Scottish Leaving Certificate Examination, 1960
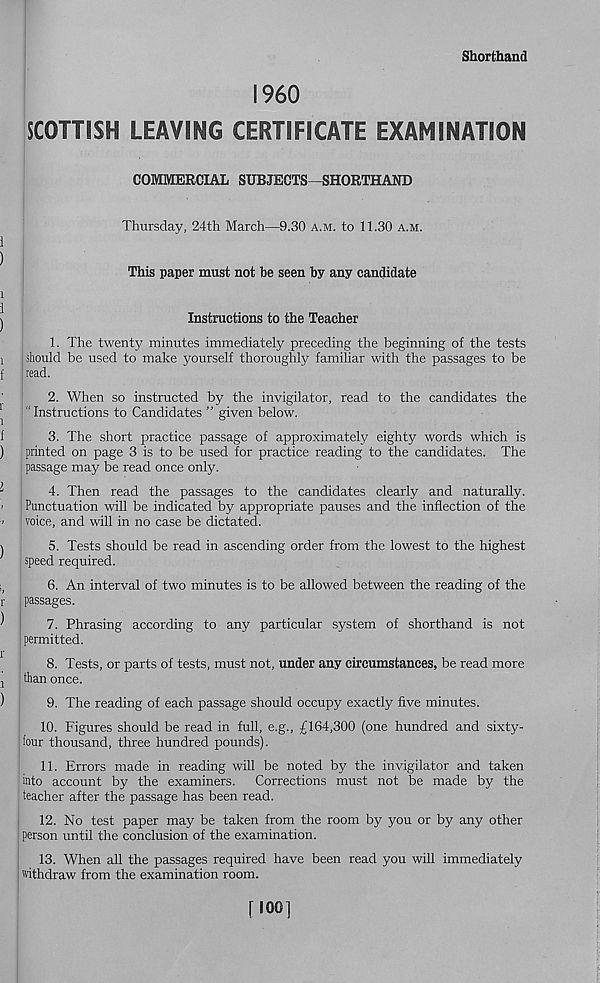
Shorthand
I960
SCOTTISH LEAVING CERTIFICATE EXAMINATION
COMMERCIAL SUBJECTS—SHORTHAND
Thursday, 24th March—9.30 a.m. to 11.30 a.m.
1
)
This paper must not be seen by any candidate
i
j
Instructions to the Teacher
1. The twenty minutes immediately preceding the beginning of the tests
i [should be used to make yourself thoroughly familiar with the passages to be
f read.
2. When so instructed by the invigilator, read to the candidates the
^
" Instructions to Candidates ” given below.
f
3. The short practice passage of approximately eighty words which is
) printed on page 3 is to be used for practice reading to the candidates. The
passage may be read once only.
^
4. Then read the passages to the candidates clearly and naturally.
> Punctuation will be indicated by appropriate pauses and the inflection of the
! ' voice, and will in no case be dictated.
\
5. Tests should be read in ascending order from the lowest to the highest
speed required.
;,
6. An interval of two minutes is to be allowed between the reading of the
r passages.
)
7. Phrasing according to any particular system of shorthand is not
permitted.
8. Tests, or parts of tests, must not, under any circumstances, be read more
j than once.
)
9. The reading of each passage should occupy exactly five minutes.
10. Figures should be read in full, e.g., £164,300 (one hundred and sixty-
four thousand, three hundred pounds).
11. Errors made in reading will be noted by the invigilator and taken
into account by the examiners. Corrections must not be made by the
teacher after the passage has been read.
12. No test paper may be taken from the room by you or by any other
person until the conclusion of the examination.
13. When all the passages required have been read you will immediately
withdraw from the examination room.